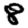
Digit: 8